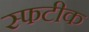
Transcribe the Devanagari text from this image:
स्फटीक